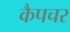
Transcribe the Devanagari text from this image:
कैपचर